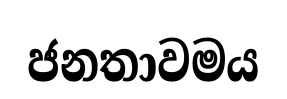
ජනතාවමය